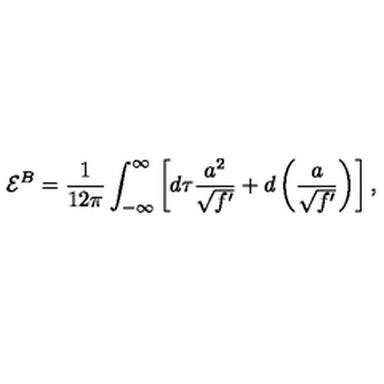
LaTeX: { \cal E } ^ { B } = \frac 1 { 1 2 \pi } \int _ { - \infty } ^ { \infty } \left[ d \tau \frac { a ^ { 2 } } { \sqrt { f ^ { \prime } } } + d \left( \frac a { \sqrt { f ^ { \prime } } } \right) \right] ,